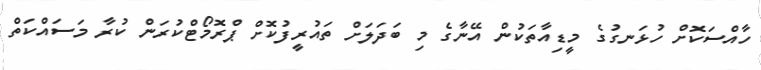
ހާއްސަކޮށް ހުޅަނގުގެ މީޑިއާތަކުން އޭނާގެ މި ބަދަލަށް ތައުރީފުކޮށް ޕްރޮމޯޓްކުރަން ކުރާ މަސައްކަތް